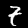
Label: 7